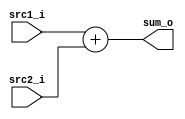
//Subject:     CO project 2 - ALU
//--------------------------------------------------------------------------------
//Version:     1
//--------------------------------------------------------------------------------
//Writer:      
//----------------------------------------------
//Date:        
//----------------------------------------------
//Description: 
//--------------------------------------------------------------------------------
`timescale 1ns/1ps
module Adder(
	src1_i,
	src2_i,
	sum_o
);

// I/O ports
input [32-1:0] src1_i;
input [32-1:0] src2_i;
output [32-1:0] sum_o;

// Main function
assign sum_o = src1_i + src2_i;

endmodule